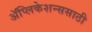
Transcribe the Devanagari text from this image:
ॲप्लिकेशन्ससाठी